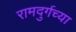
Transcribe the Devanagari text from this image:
रामदुर्गच्या